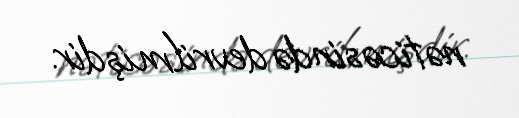
nəticəsində devrilmişdir.